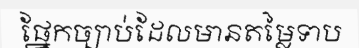
ផ្នែកច្បាប់ដែលមានតម្លៃទាប